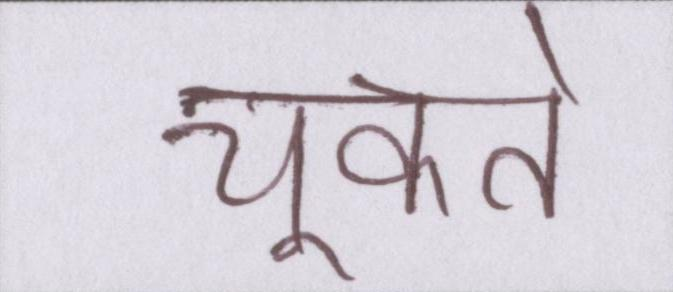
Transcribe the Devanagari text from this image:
चूकते